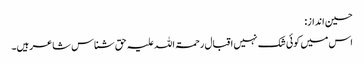
حسین انداز:
اس میں کوئی شک نہیں اقبال رحمۃ اللہ علیہ حق شناس شاعر ہیں۔